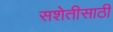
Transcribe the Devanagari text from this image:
सशेतीसाठी